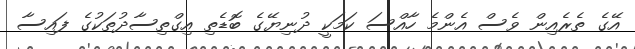
އޭގެ ތެރެއިން ވެސް އެންމެ ހާއްސަ ކަމަކީ ދުނިޔޭގެ ބޮޑެތި އިގްތިސާދުތަކުގެ ފައިސާ